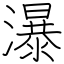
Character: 瀑